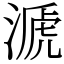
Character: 㴲